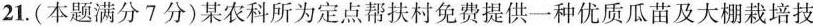
21.(本题满分7分)某农科所为定点帮扶村免费提供一种优质瓜苗及大棚栽培技